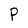
Character: P